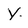
Character: y